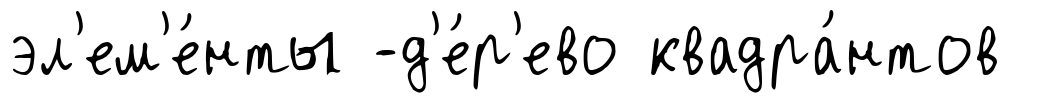
эл'ем'е́нты -д'е́р'ево квадра́нтов